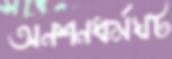
অনশনধর্মঘট